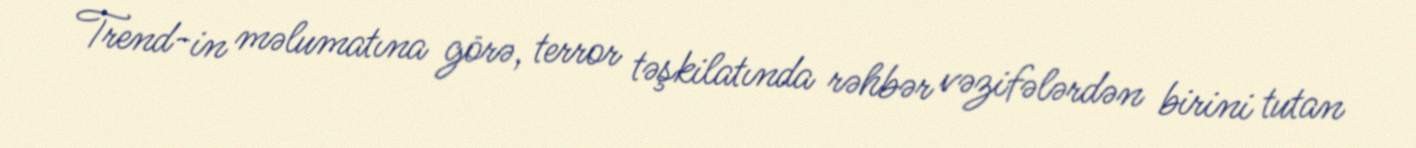
Trend-in məlumatına görə, terror təşkilatında rəhbər vəzifələrdən birini tutan